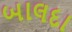
બાલદા